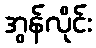
အွန်လိုင်း